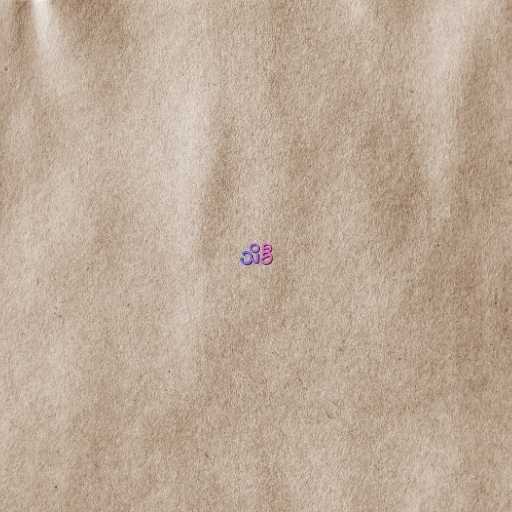
သိခီ